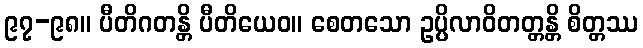
၉၇-၉၈။ ပီတိဂတန္တိ ပီတိယေဝ။ စေတသော ဥပ္ပိလာဝိတတ္တန္တိ စိတ္တဿ